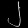
Digit: ၂